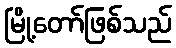
မြို့တော်ဖြစ်သည်